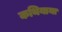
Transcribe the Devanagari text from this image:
कथियाया